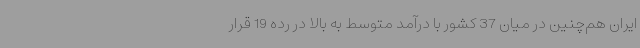
ایران هم‌چنین در میان 37 کشور با درآمد متوسط به بالا در رده 19 قرار